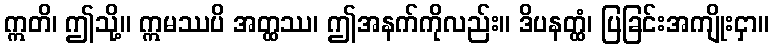
ဣတိ၊ ဤသို့။ ဣမဿပိ အတ္ထဿ၊ ဤအနက်ကိုလည်း။ ဒိပနတ္ထံ၊ ပြခြင်းအကျိုးငှာ။